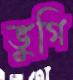
ভুগি